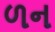
ળન